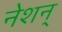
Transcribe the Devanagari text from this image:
नेशन्